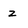
Character: z